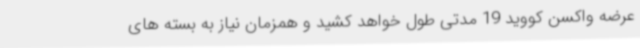
عرضه واکسن کووید 19 مدتی طول خواهد کشید و همزمان نیاز به بسته های